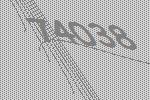
74038